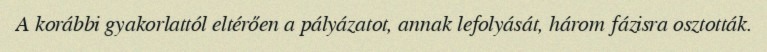
A korábbi gyakorlattól eltérően a pályázatot, annak lefolyását, három fázisra osztották.